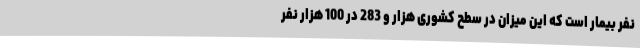
نفر بیمار است که این میزان در سطح کشوری هزار و 283 در 100 هزار نفر